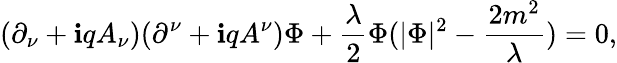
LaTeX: (\partial_{\nu}+\mathbf{i}qA_{\nu})(\partial^{\nu}+\mathbf{i}qA^{\nu})\Phi+\frac{{\lambda}}{{2}}\Phi(|\Phi|^{2}-\frac{{2m^{2}}}{{\lambda}})=0,